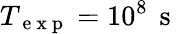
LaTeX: T_{\mathrm{~e~x~p~}}=10^{8}\, \mathrm{~s~}